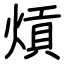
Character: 熕